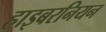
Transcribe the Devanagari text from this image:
हाइबरनियन